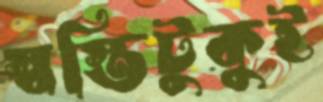
স্বস্তিটুকুই